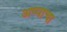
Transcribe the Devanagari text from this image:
अप्पाचा